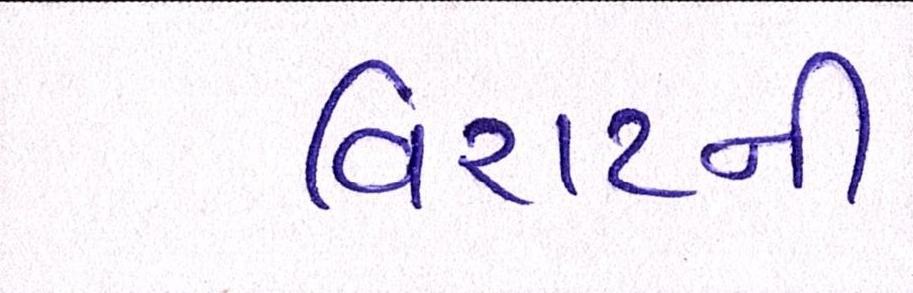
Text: વિરાટની